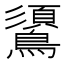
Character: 𪆦